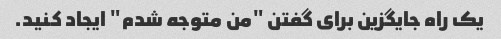
یک راه جایگزین برای گفتن "من متوجه شدم" ایجاد کنید.